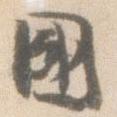
国